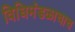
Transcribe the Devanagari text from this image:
विधिमंडळाचाच